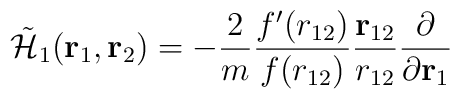
\tilde{\cal H}_1({\bf r}_1, {\bf r}_2) = -\frac{2}{m}\frac{f'(r_{12})}{f(r_{12})}\frac{{\bf r}_{12}}{r_{12}}\frac{\partial}{\partial{\bf r}_1}